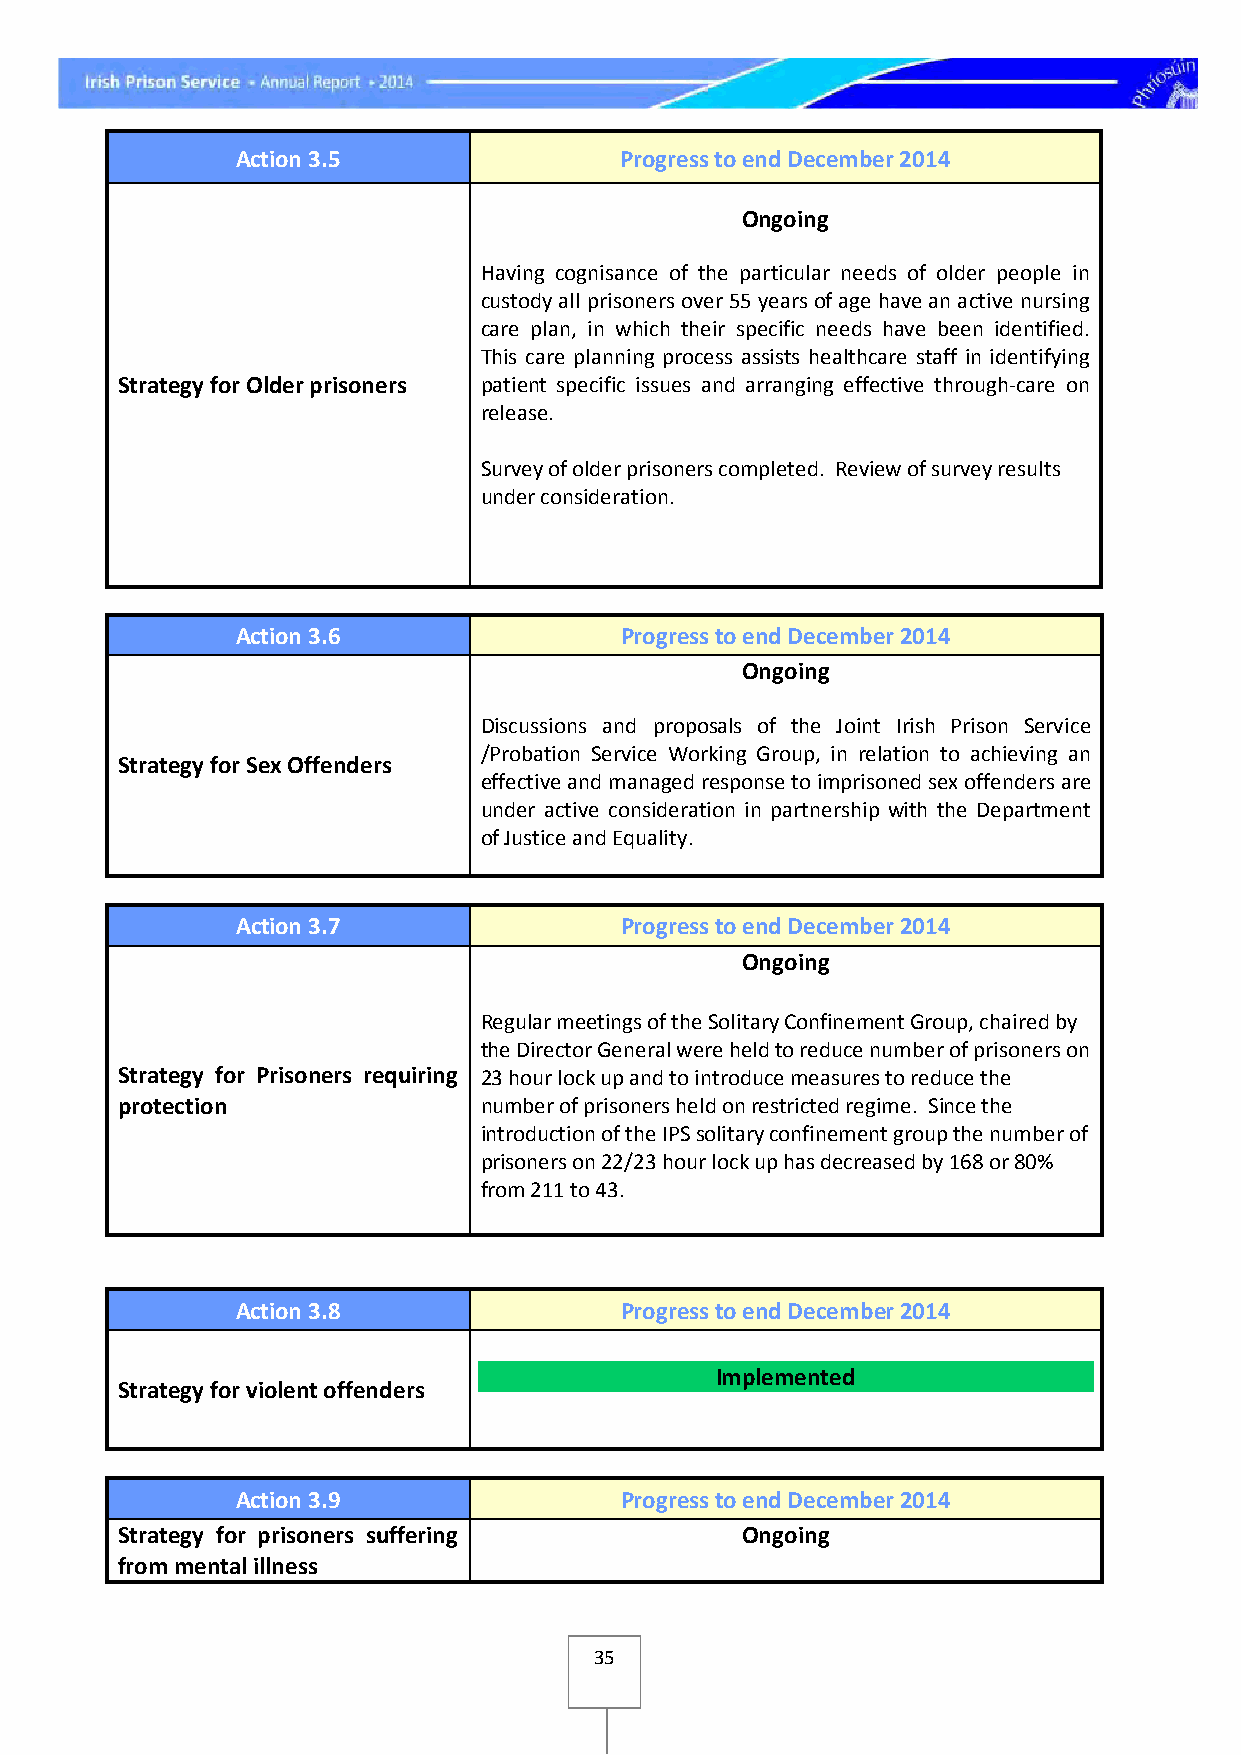
Action 3.5               Progress to end December 2014
 Ongoing
 Having cognisance of the particular needs of older people in
 custody all prisoners over 55 years of age have an active nursing
 care plan, in which their specific needs have been identified.
 This care planning process assists healthcare staff in identifying
 Strategy for Older prisoners patient specific issues and arranging effective through-care on
 release.
 Survey of older prisoners completed. Review of survey results
 under consideration.
 Action 3.6               Progress to end December 2014
 Ongoing
 Discussions and proposals of the Joint Irish Prison Service
 /Probation Service Working Group, in relation to achieving an
 Strategy for Sex Offenders
 effective and managed response to imprisoned sex offenders are
 under active consideration in partnership with the Department
 of Justice and Equality.
 Action 3.7               Progress to end December 2014
 Ongoing
 Regular meetings of the Solitary Confinement Group, chaired by
 the Director General were held to reduce number of prisoners on
 Strategy for Prisoners requiring 23 hour lock up and to introduce measures to reduce the
 protection              number of prisoners held on restricted regime. Since the
 introduction of the IPS solitary confinement group the number of
 prisoners on 22/23 hour lock up has decreased by 168 or 80%
 from 211 to 43.
 Action 3.8               Progress to end December 2014
 Implemented
 Strategy for violent offenders
 Action 3.9               Progress to end December 2014
 Strategy for prisoners suffering         Ongoing
 from mental illness
 35